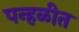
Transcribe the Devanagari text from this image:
पन्हळीत